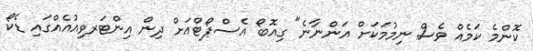
ކޮންމެ ކަމެއް ވެސް ނިމުމަކަށް އަންނާނެ" ގިއޮބޯ އެސްޕޯޓްއަށް ދިން އިންޓަރވިއުއެއްގައި ޑެކޯ